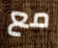
مع